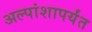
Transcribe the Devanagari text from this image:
अल्पांशापर्यंत